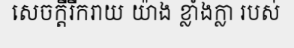
សេចក្តីរីករាយ យ៉ាង ខ្លាំងក្លា របស់